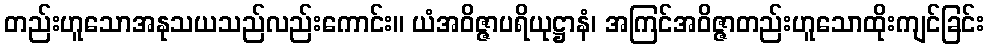
တည်းဟူသောအနုသယသည်လည်းကောင်း။ ယံအဝိဇ္ဇာပရိယုဋ္ဌာနံ၊ အကြင်အဝိဇ္ဇာတည်းဟူသောထိုးကျင်ခြင်း